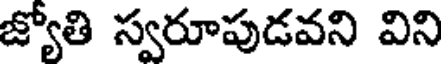
జ్యోతి స్వరూపుడవని విని